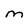
Character: m